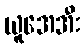
ယူအေအီး